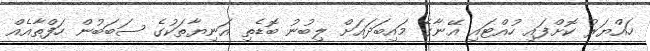
ހައްޔަރު ކޮށްފައި ހުއްޓައި އޭނާގެ މައިބަދައަށް ލިބުނު ބޮޑެތި އަނިޔާތަކުގެ ސަބަބުން ހަފްތާއެއް